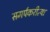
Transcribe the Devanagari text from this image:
समर्पकरीत्या